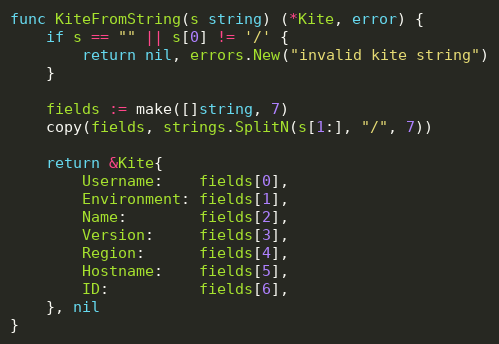
Language: Go
func KiteFromString(s string) (*Kite, error) {
	if s == "" || s[0] != '/' {
		return nil, errors.New("invalid kite string")
	}

	fields := make([]string, 7)
	copy(fields, strings.SplitN(s[1:], "/", 7))

	return &Kite{
		Username:    fields[0],
		Environment: fields[1],
		Name:        fields[2],
		Version:     fields[3],
		Region:      fields[4],
		Hostname:    fields[5],
		ID:          fields[6],
	}, nil
}